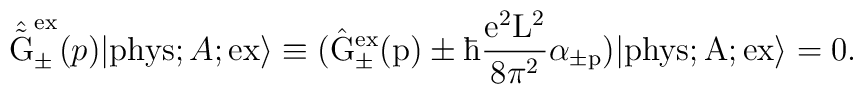
\hat{\tilde{\rm G}}_{\pm}^{\rm ex}(p) |{\rm phys};A;\rm ex \rangle\equiv (\hat{\rm G}_{\pm}^{\rm ex}(p) \pm  \hbar \frac{e^2{\rm L}^2}{8{\pi}^2} \alpha_{\pm p}) |{\rm phys};A;\rm ex \rangle =0.